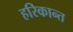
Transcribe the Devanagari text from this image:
हरिकान्त